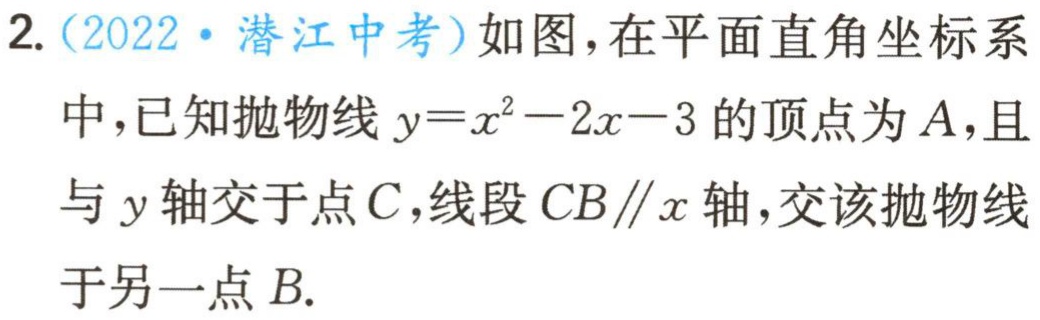
2.（2022·潜江中考）如图，在平面直角坐标系中，已知抛物线\(y = x^{2}-2x - 3\)的顶点为\(A\)，且与\(y\)轴交于点\(C\)，线段\(CB\parallel x\)轴，交该抛物线于另一点\(B\).